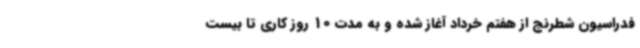
فدراسیون شطرنج از هفتم خرداد آغاز شده و به مدت 10 روز کاری تا بیست